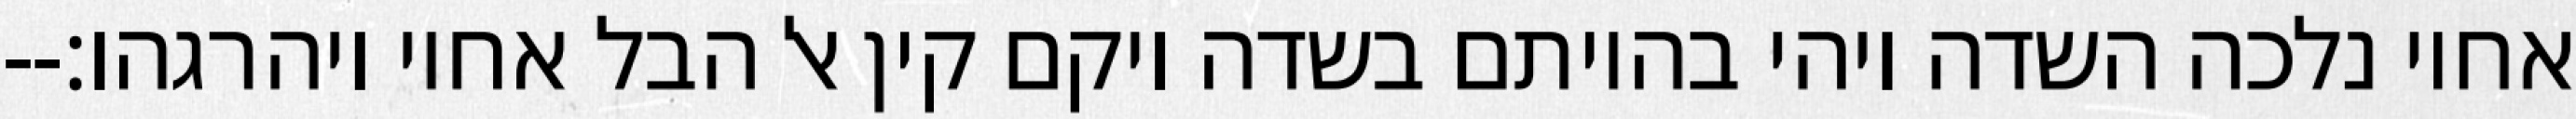
אחיו נלכה השדה ויהי בהיותם בשדה ויקם קין אל הבל אחיו ויהרגהו׃--